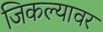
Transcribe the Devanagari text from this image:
जिकल्यावर